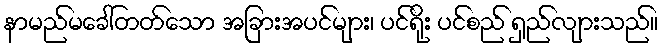
နာမည်မခေါ်တတ်သော အခြားအပင်များ၊ ပင်ရိုး ပင်စည် ရှည်လျားသည်။